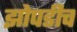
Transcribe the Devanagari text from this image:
झोपडीच